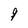
Character: 9